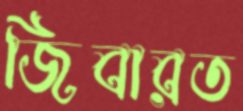
জিবারত